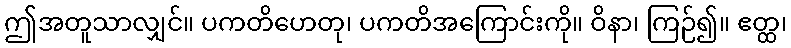
ဤအတူသာလျှင်။ ပကတိဟေတု၊ ပကတိအကြောင်းကို။ ဝိနာ၊ ကြဉ်၍။ ဧတ္ထ၊